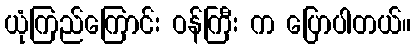
ယုံကြည်ကြောင်း ဝန်ကြီး က ပြောပါတယ်။